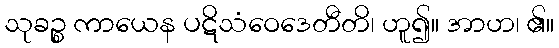
သုခဉ္စ ကာယေန ပဋိသံဝေဒေတီတိ၊ ဟူ၍။ အာဟ၊ ၏။